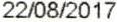
22/08/2017